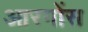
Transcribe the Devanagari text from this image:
आरगोंस